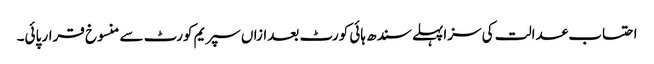
احتساب عدالت کی سزاپہلے سندھ ہائی کورٹ بعدازاں سپریم کورٹ سے منسوخ قرار پائی۔